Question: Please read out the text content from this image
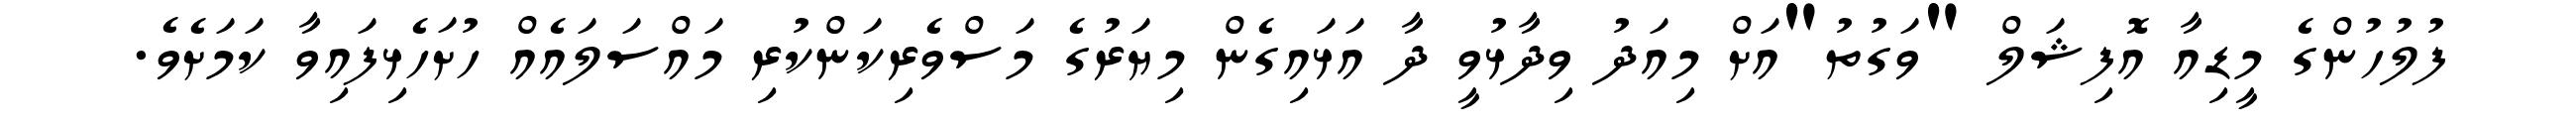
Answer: ފުލުހުންގެ މީޑިއާ އޮފިޝަލް "ވަގުތު"އަށް މިއަދު ވިދާޅުވީ ދާ އަޅައިގެން މިޔަރުގެ މަސްވެރިކަންކުރި މައްސަލައެއް ހުށަހެޅިފައިވާ ކަމަށެވެ.